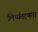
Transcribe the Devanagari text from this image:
लिप्यंतरणता